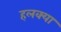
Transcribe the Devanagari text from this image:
हलक्‍या